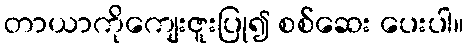
တာယာကိုကျေးဇူးပြု၍ စစ်ဆေး ပေးပါ။